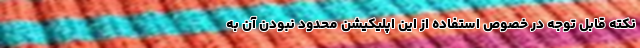
نکته قابل توجه در خصوص استفاده از این اپلیکیشن محدود نبودن آن به